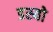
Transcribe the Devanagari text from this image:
डस्यो